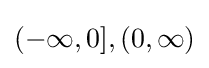
(-\infty ,0],(0,\infty )